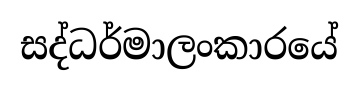
සද්ධර්මාලංකාරයේ